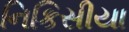
નિકિસીયા